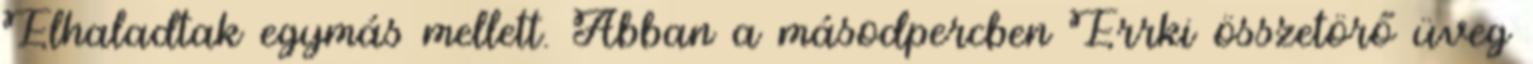
Elhaladtak egymás mellett. Abban a másodpercben Errki összetörő üveg